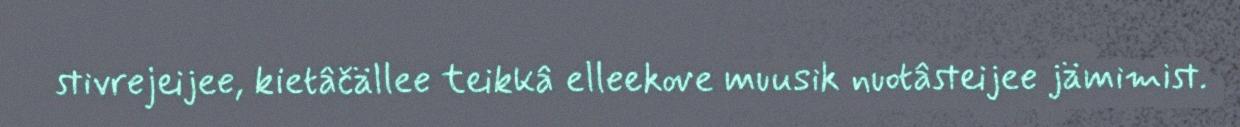
stivrejeijee, kietâčällee teikkâ elleekove muusik nuotâsteijee jämimist.